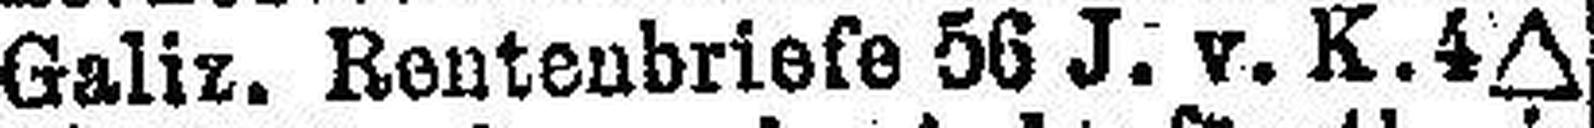
Galiz. Rentenbriefe 56 J. v. K. 4